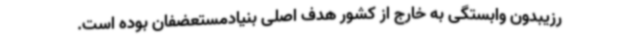
رزیبدون وابستگی به خارج از کشور هدف اصلی بنیادمستعضفان بوده است.